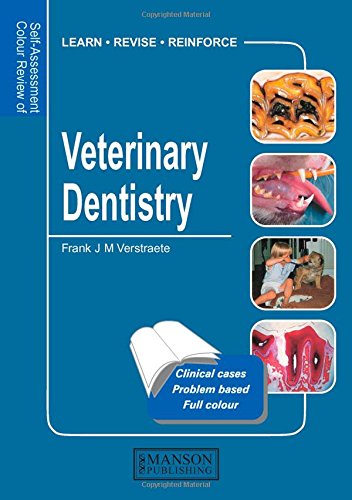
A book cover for Veterinary Dentistry: Self-Assessment Color Review (Veterinary Self-Assessment Color Review Series); Frank Verstraete; Medical Books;